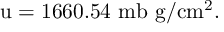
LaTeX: \mathrm { u } = 1 6 6 0 . 5 4 \mathrm { ~ m b ~ g / c m ^ { 2 } } .